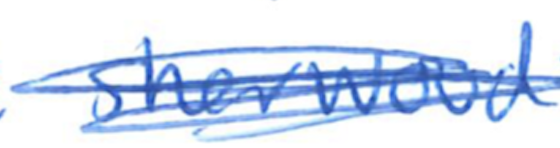
Text: Sherwood
Cross-out: scratch
Writing tool: ballpoint